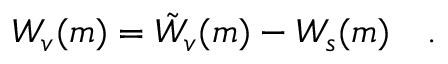
W _ { v } ( m ) = \tilde { W } _ { v } ( m ) - W _ { s } ( m ) ~ ~ ~ .